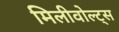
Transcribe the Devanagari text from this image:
मिलीवोल्ट्स